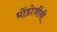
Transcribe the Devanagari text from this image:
धोंडोजींनी